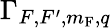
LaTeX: \Gamma_{F,F^{\prime},m_{\mathrm{F}},q}